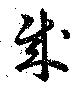
賊